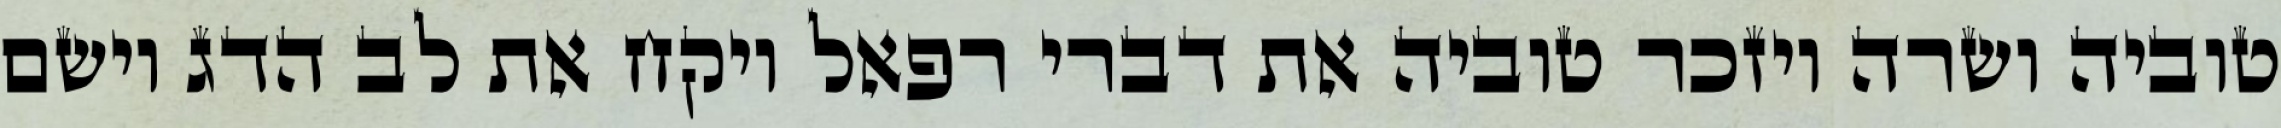
טוביה ושרה ויזכר טוביה את דברי רפאל ויקח את לב הדג וישם